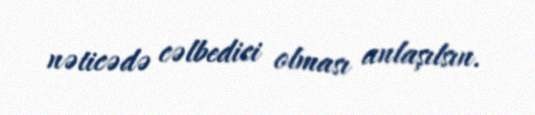
nəticədə cəlbedici olması anlaşılsın.